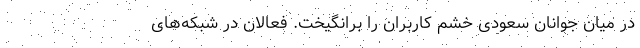
در میان جوانان سعودی خشم کاربران را برانگیخت. فعالان در شبکه‌های